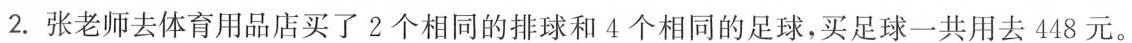
2.张老师去体育用品店买了2个相同的排球和4个相同的足球，买足球一共用去448元。